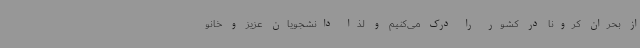
از بحران کرونا در کشور را درک می‌کنیم و لذا دانشجویان عزیز و خانو